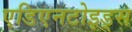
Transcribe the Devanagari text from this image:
एडिएनटोइड्स